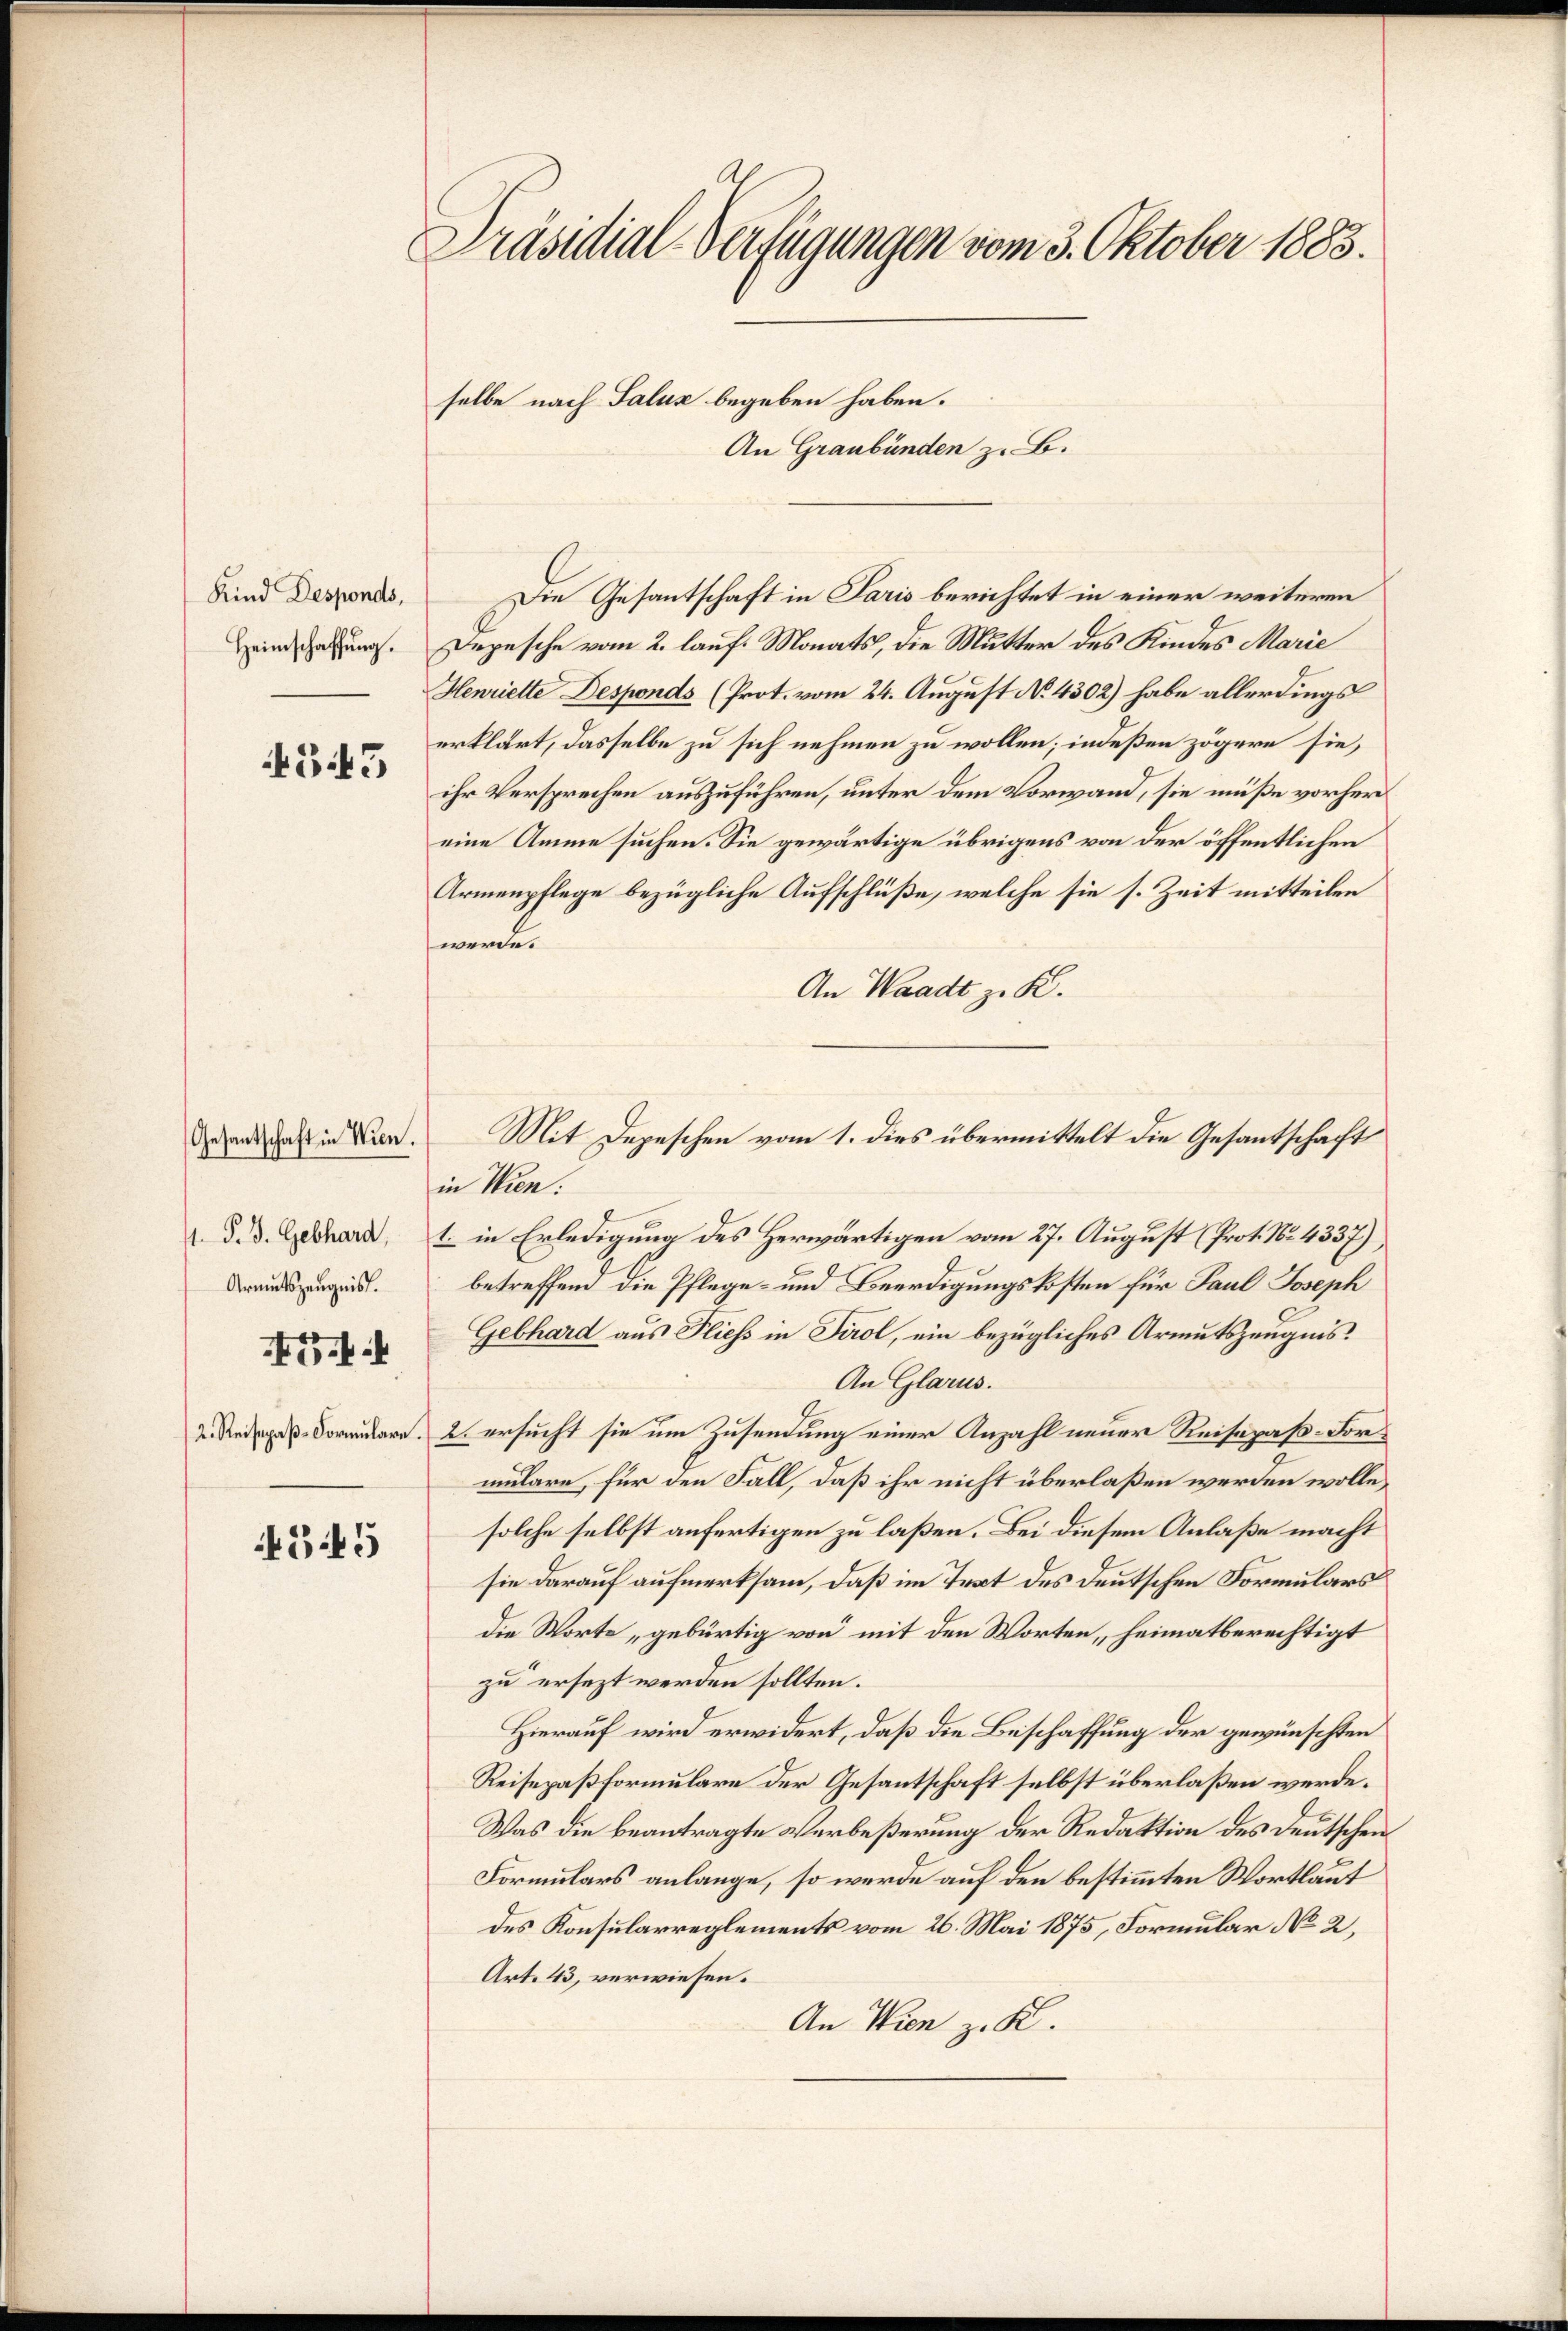
Kind Desponds,
Heimschaffung.

343

1. P. V. Gebhard,
Armutszeugnis.

Gesantschaft in Wien.

4545

Präsidial-Verfügungen vom 3. Oktober 1883.

selbe nach Saluz begeben haben.
An Graubünden z. B.

Die Gesantschaft in Paris berichtet in einer weiteren
Depesche vom 2. lauf Monats, die Mutter des Kindes Marie
Henriette Desponds (Prot. vom 24. August No. 4302) habe allerdings
erklärt, dasselbe zu sich nehmen zu wollen; indeßen zögere sie,
ihr Versprechen auszuführen, unter dem Vorwand, sie müße vorher
eine Amme suchen. Sie gewärtige übrigens von der öffentlichen
Armenpflege bezügliche Aufschlüße, welche sie s. Zeit mitteilen
werde.
An Waadt zu K.
Mit Depeschen vom 1. dies übermittelt die Gesantschaft
in Wien.
1. in Erledigung des Herwärtigen vom 27. August (Prot. No. 4337)
betreffend die Pflege- und Beerdigungskosten für Paul Joseph
Gebhard aus Fliess in Tirol, ein bezügliches Armutszeugnis.
An Glarus.
2. Reisepaß Vormulare, 2. ersucht sie um Zusendung einer Anzahl neuer Reisepaß-Formulare, für den Fall, daß ihr nicht überlaßen werden wolle,
solche selbst anfertigen zu laßen. Bei diesem Anlaße macht
sie darauf aufmerksam, daß im Text des deutschen Formulars
die Worte, gebürtig von mit den Worten, heimatberechtigt
zu ersezt werden sollten.
Hierauf wird erwidert, daß die Beschaffung der gewünschten
Reisepaßformulare der Gesantschaft selbst überlaßen werde.
Was die beantragte Verbeßerung der Redaktion des Deutschen
Formulars anlange, so werde auf den bestimmten Wortlaut
des Konsularreglements vom 26. Mai 1875, Formular No 2,
Art. 43, verwiesen.
An Wien z. K.